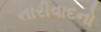
નારીવાદનો